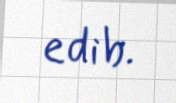
edib.